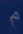
^{\mathrm{m}}